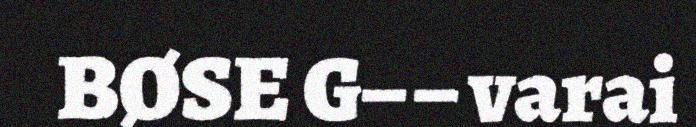
BØSE G– – varai